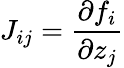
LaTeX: J_{ij}=\frac{\partial f_{i}}{\partial z_{j}}